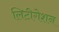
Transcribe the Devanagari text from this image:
लिटीगेशन